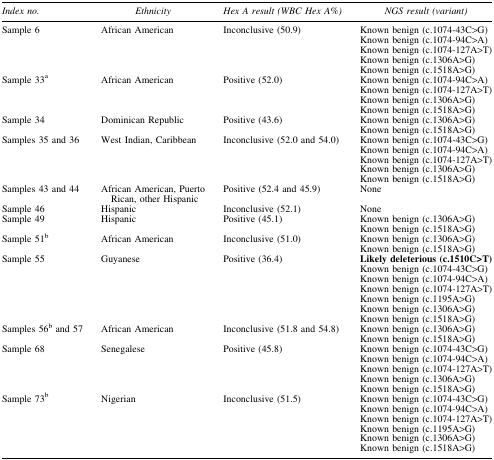
<table><thead><tr><td><b><i>Index no.</i></b></td><td><b><i>Ethnicity</i></b></td><td><b><i>Hex A result (WBC Hex A%)</i></b></td><td><b><i>NGS result (variant)</i></b></td></tr></thead><tbody><tr><td>Sample 6</td><td>African American</td><td>Inconclusive (50.9)</td><td>Known benign (c.1074-43C&gt;G)</td></tr><tr><td> </td><td> </td><td> </td><td>Known benign (c.1074-94C&gt;A)</td></tr><tr><td> </td><td> </td><td> </td><td>Known benign (c.1074-127A&gt;T)</td></tr><tr><td> </td><td> </td><td> </td><td>Known benign (c.1306A&gt;G)</td></tr><tr><td> </td><td> </td><td> </td><td>Known benign (c.1518A&gt;G)</td></tr><tr><td>Sample 33<sup>a</sup></td><td>African American</td><td>Positive (52.0)</td><td>Known benign (c.1074-94C&gt;A)</td></tr><tr><td> </td><td> </td><td> </td><td>Known benign (c.1074-127A&gt;T)</td></tr><tr><td> </td><td> </td><td> </td><td>Known benign (c.1306A&gt;G)</td></tr><tr><td> </td><td> </td><td> </td><td>Known benign (c.1518A&gt;G)</td></tr><tr><td>Sample 34</td><td>Dominican Republic</td><td>Positive (43.6)</td><td>Known benign (c.1306A&gt;G)</td></tr><tr><td> </td><td> </td><td> </td><td>Known benign (c.1518A&gt;G)</td></tr><tr><td>Samples 35 and 36</td><td>West Indian, Caribbean</td><td>Inconclusive (52.0 and 54.0)</td><td>Known benign (c.1074-43C&gt;G)</td></tr><tr><td> </td><td> </td><td> </td><td>Known benign (c.1074-94C&gt;A)</td></tr><tr><td> </td><td> </td><td> </td><td>Known benign (c.1074-127A&gt;T)</td></tr><tr><td> </td><td> </td><td> </td><td>Known benign (c.1306A&gt;G)</td></tr><tr><td> </td><td> </td><td> </td><td>Known benign (c.1518A&gt;G)</td></tr><tr><td>Samples 43 and 44</td><td>African American, Puerto Rican, other Hispanic</td><td>Positive (52.4 and 45.9)</td><td>None</td></tr><tr><td>Sample 46</td><td>Hispanic</td><td>Inconclusive (52.1)</td><td>None</td></tr><tr><td>Sample 49</td><td>Hispanic</td><td>Positive (45.1)</td><td>Known benign (c.1306A&gt;G)</td></tr><tr><td> </td><td> </td><td> </td><td>Known benign (c.1518A&gt;G)</td></tr><tr><td>Sample 51<sup>b</sup></td><td>African American</td><td>Inconclusive (51.0)</td><td>Known benign (c.1306A&gt;G)</td></tr><tr><td> </td><td> </td><td> </td><td>Known benign (c.1518A&gt;G)</td></tr><tr><td>Sample 55</td><td>Guyanese</td><td>Positive (36.4)</td><td><b>Likely deleterious (c.1510C&gt;T)</b></td></tr><tr><td> </td><td> </td><td> </td><td>Known benign (c.1074-43C&gt;G)</td></tr><tr><td> </td><td> </td><td> </td><td>Known benign (c.1074-94C&gt;A)</td></tr><tr><td> </td><td> </td><td> </td><td>Known benign (c.1074-127A&gt;T)</td></tr><tr><td> </td><td> </td><td> </td><td>Known benign (c.1195A&gt;G)</td></tr><tr><td> </td><td> </td><td> </td><td>Known benign (c.1306A&gt;G)</td></tr><tr><td> </td><td> </td><td> </td><td>Known benign (c.1518A&gt;G)</td></tr><tr><td>Samples 56<sup>b</sup> and 57</td><td>African American</td><td>Inconclusive (51.8 and 54.8)</td><td>Known benign (c.1306A&gt;G)</td></tr><tr><td> </td><td> </td><td> </td><td>Known benign (c.1518A&gt;G)</td></tr><tr><td>Sample 68</td><td>Senegalese</td><td>Positive (45.8)</td><td>Known benign (c.1074-43C&gt;G)</td></tr><tr><td> </td><td> </td><td> </td><td>Known benign (c.1074-94C&gt;A)</td></tr><tr><td> </td><td> </td><td> </td><td>Known benign (c.1074-127A&gt;T)</td></tr><tr><td> </td><td> </td><td> </td><td>Known benign (c.1306A&gt;G)</td></tr><tr><td> </td><td> </td><td> </td><td>Known benign (c.1518A&gt;G)</td></tr><tr><td>Sample 73<sup>b</sup></td><td>Nigerian</td><td>Inconclusive (51.5)</td><td>Known benign (c.1074-43C&gt;G)</td></tr><tr><td> </td><td> </td><td> </td><td>Known benign (c.1074-94C&gt;A)</td></tr><tr><td> </td><td> </td><td> </td><td>Known benign (c.1074-127A&gt;T)</td></tr><tr><td> </td><td> </td><td> </td><td>Known benign (c.1195A&gt;G)</td></tr><tr><td> </td><td> </td><td> </td><td>Known benign (c.1306A&gt;G)</td></tr><tr><td> </td><td> </td><td> </td><td>Known benign (c.1518A&gt;G)</td></tr></tbody></table>